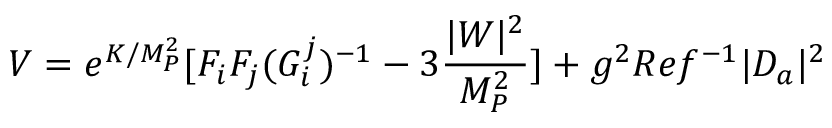
V = e ^ { K / M _ { P } ^ { 2 } } [ F _ { i } F _ { j } ( G _ { i } ^ { j } ) ^ { - 1 } - 3 { \frac { | W | ^ { 2 } } { M _ { P } ^ { 2 } } } ] + g ^ { 2 } R e f ^ { - 1 } | D _ { a } | ^ { 2 }